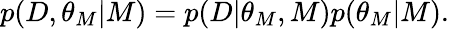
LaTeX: \begin{array}{r}{p(D,\theta_{M}|M)=p(D|\theta_{M},M)p(\theta_{M}|M).}\end{array}